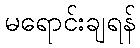
မရောင်းချရန်